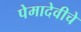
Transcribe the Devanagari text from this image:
पेमादेवीचे